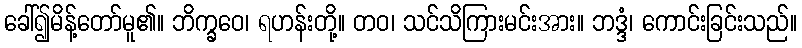
ခေါ်၍မိန့်တော်မူ၏။ ဘိက္ခဝေ၊ ရဟန်းတို့။ တဝ၊ သင်သိကြားမင်းအား။ ဘဒ္ဒံ၊ ကောင်းခြင်းသည်။